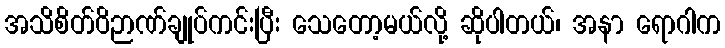
အသိစိတ်ဝိဉာဏ်ချုပ်ကင်းပြီး သေတော့မယ်လို့ ဆိုပါတယ်၊ အနာ ရောဂါက